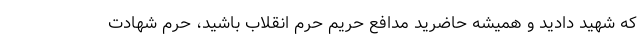
که شهید دادید و همیشه حاضرید مدافع حریم حرم انقلاب باشید، حرم شهادت